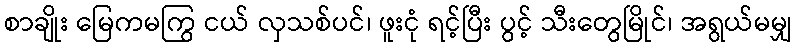
စာချိုး မြေကမကြွ ငယ် လှသစ်ပင်၊ ဖူးငုံ ရင့်ပြီး ပွင့် သီးတွေမြိုင်၊ အရွယ်မမျှ